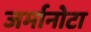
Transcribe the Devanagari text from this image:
जर्मानोटा